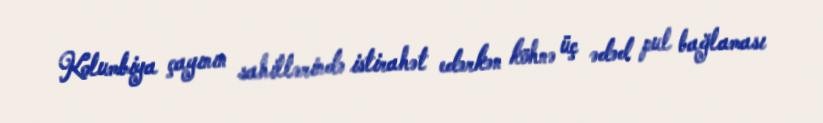
Kolumbiya çayının sahillərində istirahət edərkən köhnə üç ədəd pul bağlaması